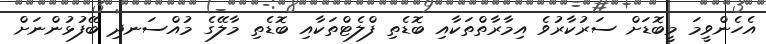
އެހެންވީމަ މީބޮޑަށް ސަރުކާރުވެ އިމާރާތްތަކާއި ބޮޑެތި ފްލެޓްތަކާއި ބޮޑެތި މާލޭގެ މުއްސަނދި ބޭފުޅުންނަށް